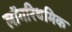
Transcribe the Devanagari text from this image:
लॉगरिथमिक